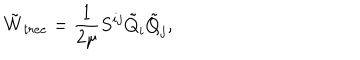
\tilde { W } _ { t r e e } = \frac { 1 } { 2 \mu } S ^ { i j } \tilde { Q } _ { i } \tilde { Q } _ { j } ,